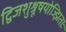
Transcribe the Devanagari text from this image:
द्विजशुश्रूषयोज्झिताः